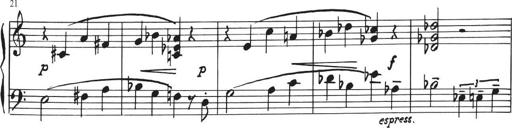
Title: Sonatina in E major
Composer: Paul von Klenau
Key: E major